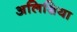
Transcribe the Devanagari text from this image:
अलिशिया